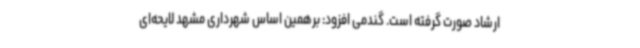
ارشاد صورت گرفته است. گندمی افزود: برهمین اساس شهرداری مشهد لایحه‌ای